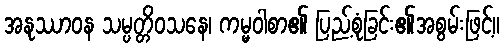
အနုဿာဝန သမ္ပတ္တိဝသနေ၊ ကမ္မဝါစာ၏ ပြည့်စုံခြင်း၏အစွမ်းဖြင့်။